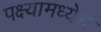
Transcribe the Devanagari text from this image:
पक्ष्यामध्येच